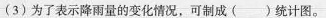
(3)为了表示降雨量的变化情况，可制成( )统计图。